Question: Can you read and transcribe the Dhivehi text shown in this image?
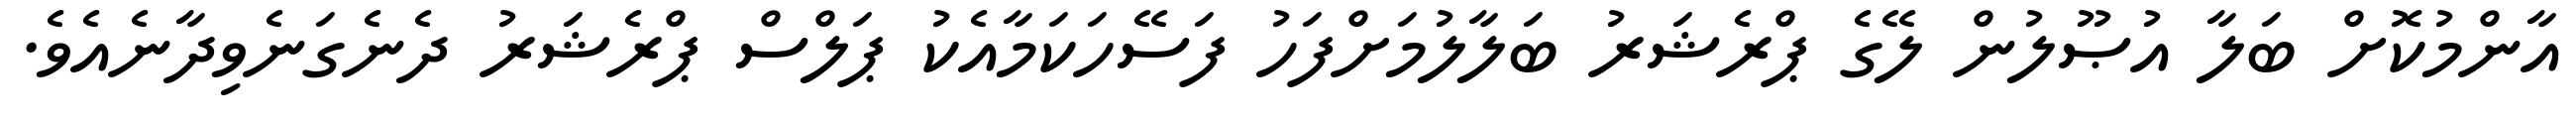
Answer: އާންމުކޮށް ބަލާ އުޞޫލުން ލޭގެ ޕްރެޝަރު ބަލާލުމަށްފަހު ފަސޭހަކަމާއެކު ޕަލްސް ޕްރެޝަރު ދެނެގަނެވިދާނެއެވެ.